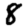
Digit: 8